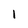
Character: 1